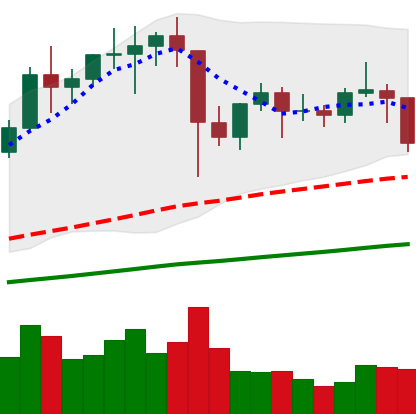
Ticker: LTC-USD
Chart end date: 2021-01-21
Forward return: 3.552%
Label: up_3_5